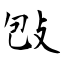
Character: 𢼌